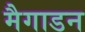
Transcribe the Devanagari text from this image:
मैगाडन